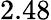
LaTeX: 2.48